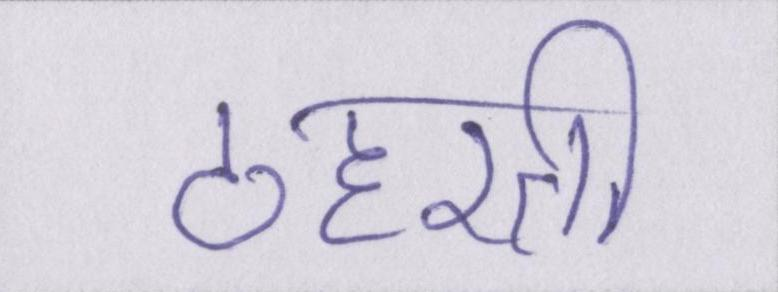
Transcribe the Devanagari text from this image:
ठहरती